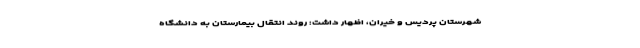
شهرستان پردیس و خیران، اظهار داشت: روند انتقال بیمارستان به دانشگاه